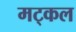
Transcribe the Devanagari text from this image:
मट्कल